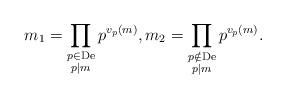
LaTeX: \begin{align*}m_1=\prod_{\substack{p\in\operatorname{De}\\p|m}}p^{v_p(m)},m_2=\prod_{\substack{p\notin\operatorname{De}\\p|m}} p^{v_p(m)}.\end{align*}